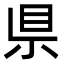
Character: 県